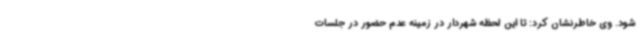
شود. وی خاطرنشان کرد: تا این لحظه شهردار در زمینه عدم حضور در جلسات